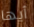
أيها